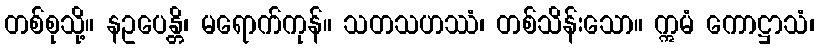
တစ်စုသို့။ နဥပေန္တိ၊ မရောက်ကုန်။ သတသဟဿံ၊ တစ်သိန်းသော။ ဣမံ ကောဋ္ဌာသံ၊